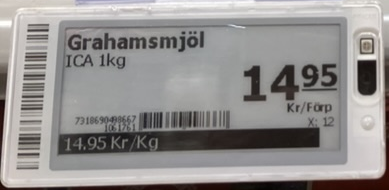
Vara: Grahamsmjöl
Genomsnittspris: 14.95 per kg